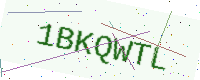
Text: 1BKQWTL